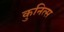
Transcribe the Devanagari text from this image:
कुनित्स